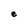
Character: e